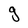
Character: g